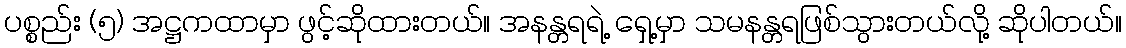
ပစ္စည်း (၅) အဋ္ဌကထာမှာ ဖွင့်ဆိုထားတယ်။ အနန္တရရဲ့ ရှေ့မှာ သမနန္တရဖြစ်သွားတယ်လို့ ဆိုပါတယ်။